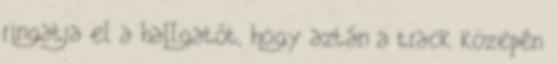
ringatja el a hallgatót, hogy aztán a track közepén